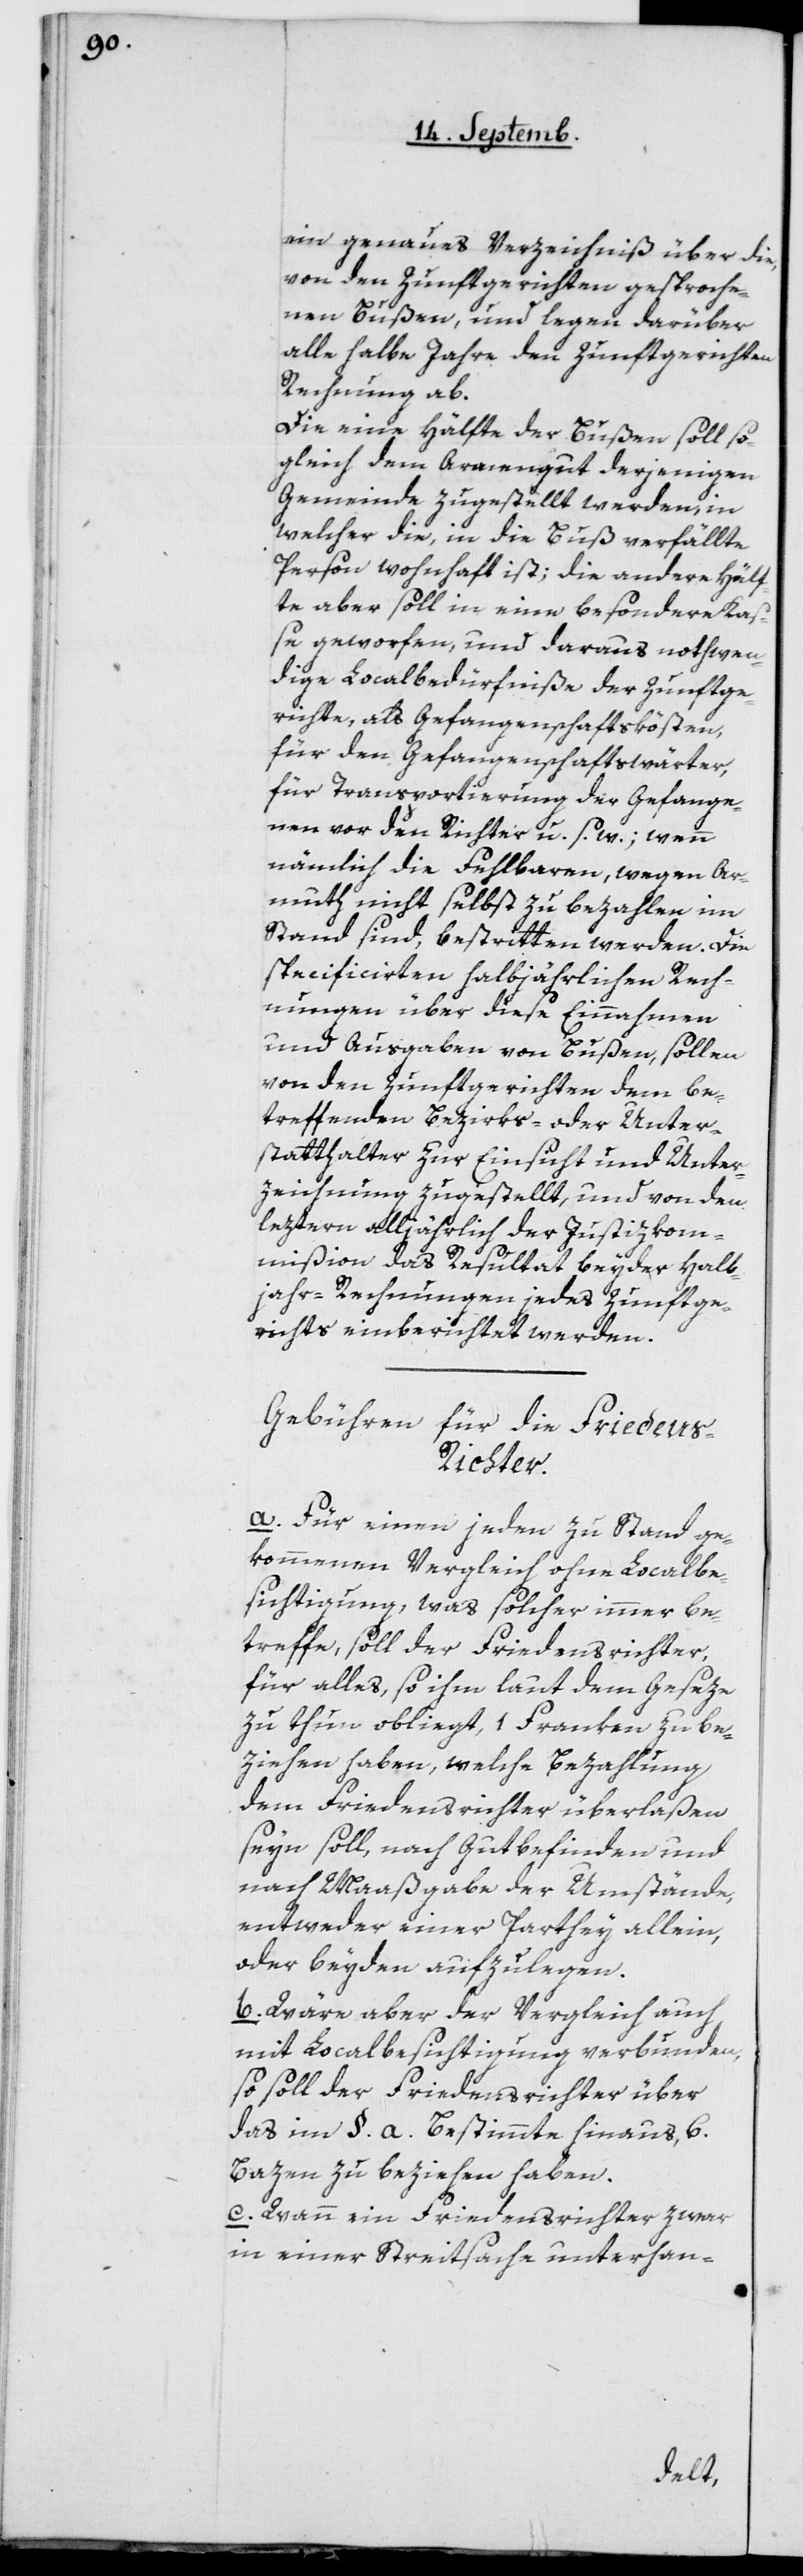
ein genaues Verzeichniß über die,
von den Zunftgerichten gesproche¬
nen Bußen, und legen darüber
alle halbe Jahre den Zunftgerichten
Rechnung ab.
Die eine Hälfte der Bußen soll so¬
gleich dem Armengut derjenigen
Gemeinde zugestellt werden, in
welcher die, in die Buß verfällte
Person wohnhaft ist, die andere Hälf¬
te aber soll in eine besondere Kas¬
se geworfen, und daraus nothwen¬
dige Localbedürfniße der Zunftge¬
richte, als Gefangenschaftskösten,
für den Gefangenschaftswärter,
für Transportierung der Gefange¬
nen vor den Richter u. s. w.; wenn
nämlich die Fehlbaren, wegen Ar¬
muth nicht selbst zu bezahlen im
Stand sind, bestritten werden. Die
specificirten halbjährlichen Rech¬
nungen über diese Einnahmen
und Ausgaben von Bußen sollen
von den Zunftgerichten dem be¬
treffenden Bezirks- oder Unter¬
statthalter zur Einsicht und Unter¬
zeichnung zugestellt, und von den
leztern alljährlich der Justizkom¬
mißion das Resultat beyder Halb¬
jahr-Rechnungen jedes Zunftge¬
richts einberichtet werden.
Gebühren für die Frieden¬
s-Richter.
a. Für einen jeden zu Stand ge¬
kommenen Vergleich ohne Localbe¬
sichtigung, was solcher immer be¬
treffe, soll der Friedensrichter,
für alles, so ihm laut dem Geseze
zu thun obliegt, 1 Franken zu be¬
ziehen haben, welche Bezahlung
dem Friedensrichter überlaßen
seyn soll, nach Gutbefinden und
nach Maaßgabe der Umstände,
entweder einer Parthey allein,
oder beiden aufzulegen.
b. Wäre aber der Vergleich auch
mit Localbesichtigung verbunden,
so soll der Friedensrichter über
das im § a Bestimmte hinaus, 6
Bazen zu beziehen haben.
c. Wenn ein Friedensrichter zwar
in einer Streitsache unterhan-